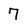
Character: 7